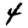
Digit: 4